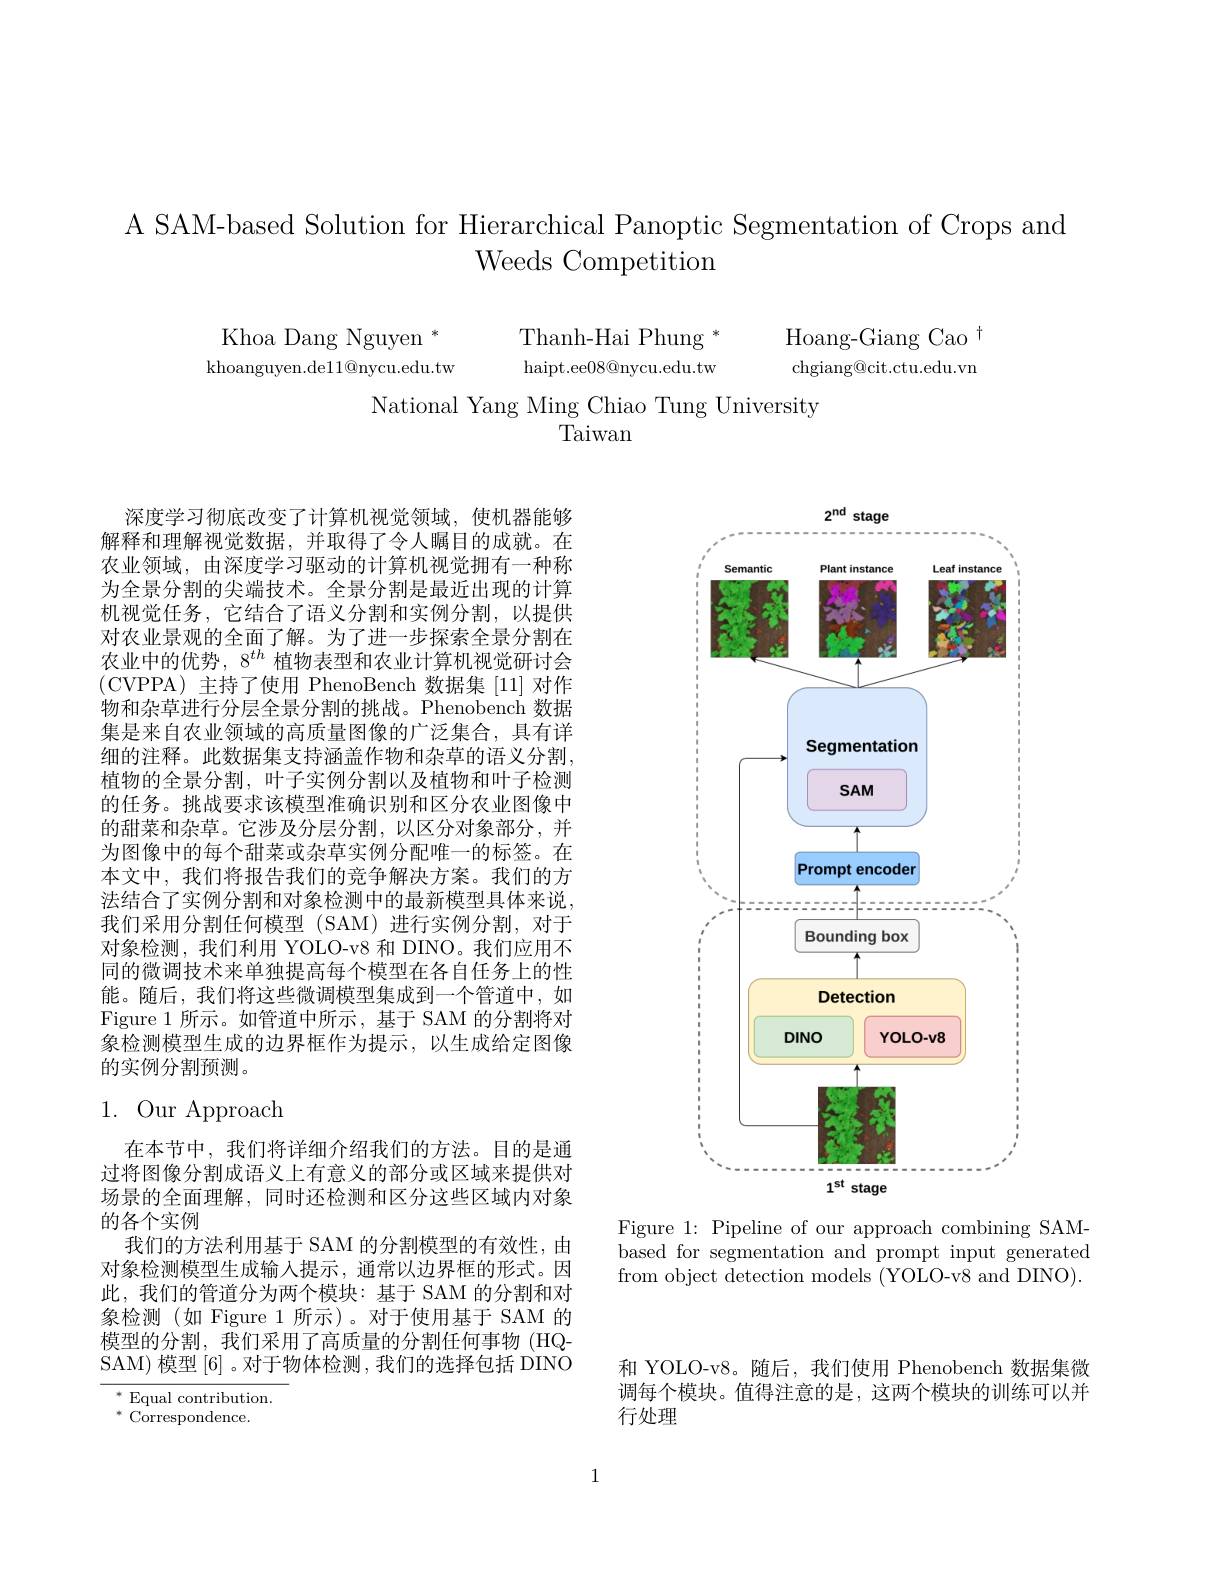
# A SAM-based Solution for Hierarchical Panoptic Segmentation of Crops and Weeds Competition

Khoa Dang Nguyen $^*$Thanh-Hai Phung$^*$khoanguyen.del1@nycu.edu.tw haipt.ee08@nycu.edu.tw

Hoang-Giang Cao $^{\dagger}$ chgiang@cit.ctu.edu.vn

National Yang Ming Chiao Tung University
Taiwan

深度学习彻底改变了计算机视觉领域，使机器能够解释和理解视觉数据，并取得了令人瞩目的成就。在农业领域，由深度学习驱动的计算机视觉拥有一种称为全景分割的尖端技术。全景分割是最近出现的计算机视觉任务，它结合了语义分割和实例分割，以提供对农业景观的全面了解。为了进一步探索全景分割在农业中的优势，8$^{th}$植物表型和农业计算机视觉研讨会(CVPPA)主持了使用 PhenoBench 数据集 [11] 对作物和杂草进行分层全景分割的挑战。Phenobench 数据集是来自农业领域的高质量图像的广泛集合，具有详细的注释。此数据集支持涵盖作物和杂草的语义分割植物的全景分割，叶子实例分割以及植物和叶子检测的任务。挑战要求该模型准确识别和区分农业图像中的甜菜和杂草。它涉及分层分割，以区分对象部分，并为图像中的每个甜菜或杂草实例分配唯一的标签。在本文中，我们将报告我们的竞争解决方案。我们的方法结合了实例分割和对象检测中的最新模型具体来说， 我们采用分割任何模型 (SAM)进行实例分割，对于对象检测，我们利用 YOLO-v8 和 DINO。我们应用不同的微调技术来单独提高每个模型在各自任务上的性能。随后，我们将这些微调模型集成到一个管道中，如Figure 1 所示。如管道中所示，基于 SAM 的分割将对象检测模型生成的边界框作为提示，以生成给定图像的实例分割预测。

# 1. Our Approach

在本节中，我们将详细介绍我们的方法。目的是通过将图像分割成语义上有意义的部分或区域来提供对场景的全面理解，同时还检测和区分这些区域内对象的各个实例
我们的方法利用基于 SAM 的分割模型的有效性，由对象检测模型生成输入提示，通常以边界框的形式。因此，我们的管道分为两个模块：基于 SAM 的分割和对象检测(如 Figure 1 所示)。对于使用基于 SAM 的模型的分割，我们采用了高质量的分割任何事物 (HQSAM) 模型[6] 。对于物体检测，我们的选择包括 DINO

$^*$ Equal contribution.
$^*$ Correspondence.

<FigureHere>

Figure 1: Pipeline of our approach combining SAMbased for segmentation and prompt input generated from object detection models (YOLO-v8 and DINO).

和 YOLO-v8。随后，我们使用 Phenobench 数据集微调每个模块。值得注意的是，这两个模块的训练可以并行处理

1